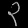
Digit: ၃